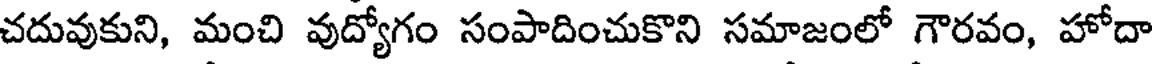
చదువుకుని, మంచి వుద్యోగం సంపాదించుకొని సమాజంలో గౌరవం, హోదా